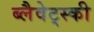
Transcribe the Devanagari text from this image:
ब्लैवेट्स्की